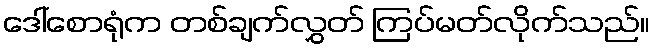
ဒေါ်စောရုံက တစ်ချက်လွှတ် ကြပ်မတ်လိုက်သည်။